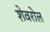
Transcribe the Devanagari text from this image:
शेवरोल